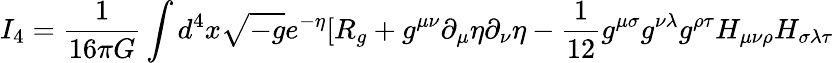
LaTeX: I_{4}=\frac{1}{16\pi G}\int d^{4}x\sqrt{-g}e^{-\eta}[R_{g}+g^{\mu\nu}\partial_{\mu}\eta\partial_{\nu}\eta-\frac{1}{12}g^{\mu\sigma}g^{\nu\lambda}g^{\rho\tau}H_{\mu\nu\rho}H_{\sigma\lambda\tau}